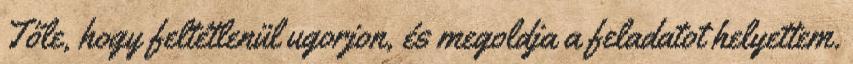
Tőle, hogy feltétlenül ugorjon, és megoldja a feladatot helyettem.